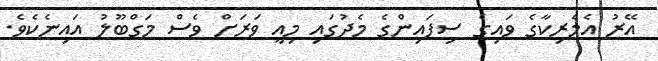
އޭރު އެމެރިކާގެ ވައިގެ ސިފައިންގެ މެދުގައި މިއީ ވަރަށް ވެސް މަގްބޫލު އައިނެކެވެ.